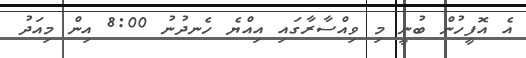
އެ އޮފީހުން ބުނީ މި ވިއްސާރާގައި އިއްޔެ ހެނދުނު 8:00 އިން މިއަދު